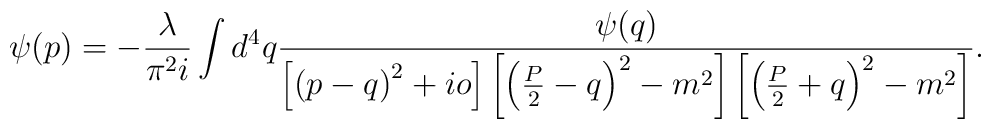
\psi(p)=-\frac{\lambda}{\pi^2i}\int d^4q\frac{\psi(q)}{\left[\left(p-q\right)^2+io\right]\left[\left(\frac{P}{2}-q\right)^2-m^2\right]\left[\left(\frac{P}{2}+q\right)^2-m^2\right]}.